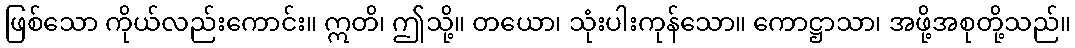
ဖြစ်သော ကိုယ်လည်းကောင်း။ ဣတိ၊ ဤသို့။ တယော၊ သုံးပါးကုန်သော။ ကောဋ္ဌာသာ၊ အဖို့အစုတို့သည်။